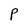
Character: P